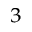
^ 3